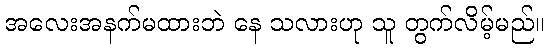
အလေးအနက်မထားဘဲ နေ သလားဟု သူ တွက်လိမ့်မည်။